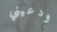
ودعيني